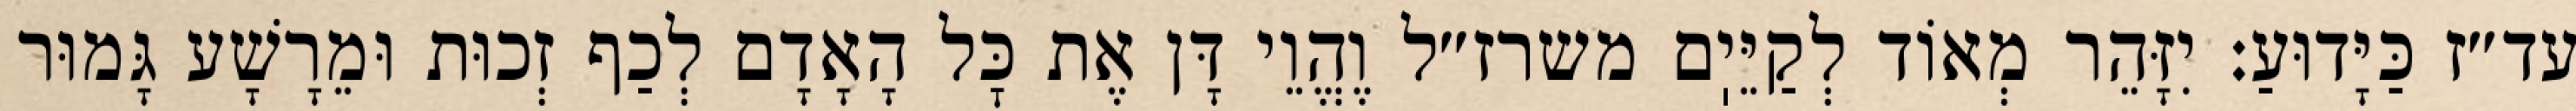
עד״ז כַּיָּדוּעַ: יִזָּהֵר מְאוֹד לְקַיֵּיֽם משרז״ל וֶהֱוֵי דָּן אֶת כׇּל הָאָדָם לְכַף זְכוּת וּמֵרָשָׁע גָּמוּר